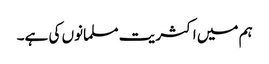
ہم میں اکثریت مسلمانوں کی ہے۔